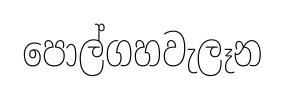
පොල්ගහවැලෑන